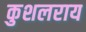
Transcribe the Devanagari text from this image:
कुशलराय